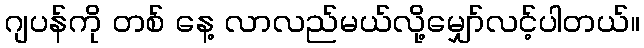
ဂျပန်ကို တစ် နေ့ လာလည်မယ်လို့မျှော်လင့်ပါတယ်။